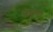
અભ